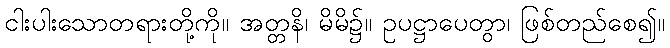
ငါးပါးသောတရားတို့ကို။ အတ္တနိ၊ မိမိ၌။ ဥပဋ္ဌာပေတွာ၊ ဖြစ်တည်စေ၍။